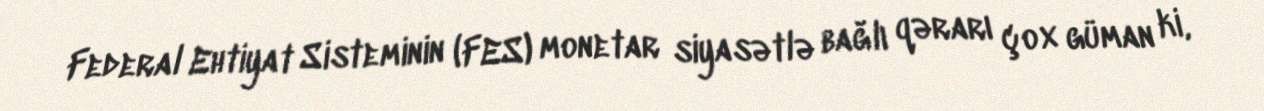
Federal Ehtiyat Sisteminin (FES) monetar siyasətlə bağlı qərarı çox güman ki,